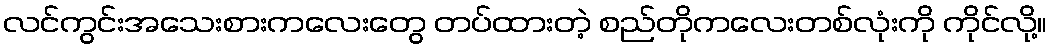
လင်ကွင်းအသေးစားကလေးတွေ တပ်ထားတဲ့ စည်တိုကလေးတစ်လုံးကို ကိုင်လို့။